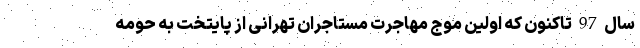
سال 97 تاکنون که اولین موج مهاجرت مستاجران تهرانی از پایتخت به حومه